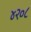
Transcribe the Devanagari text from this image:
४२०८